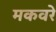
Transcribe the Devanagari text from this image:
मकवरे